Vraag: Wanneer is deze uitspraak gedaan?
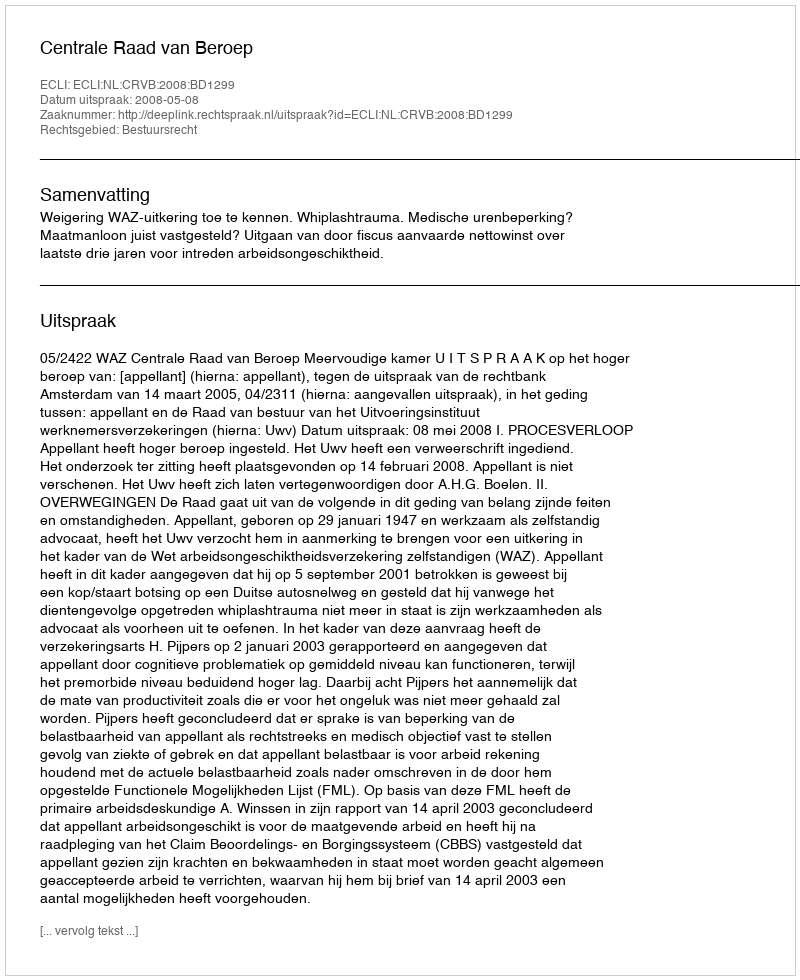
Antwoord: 2008-05-08